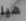
هيا